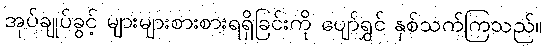
အုပ်ချုပ်ခွင့် များများစားစားရရှိခြင်းကို ပျော်ရွှင် နှစ်သက်ကြသည်။